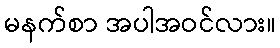
မနက်စာ အပါအဝင်လား။